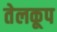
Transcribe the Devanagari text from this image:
तेलकूप